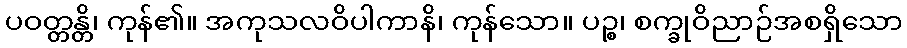
ပဝတ္တန္တိ၊ ကုန်၏။ အကုသလဝိပါကာနိ၊ ကုန်သော။ ပဉ္စ၊ စက္ခုဝိညာဉ်အစရှိသော